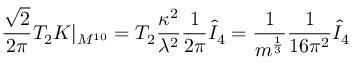
\frac { \sqrt { 2 } } { 2 \pi } T _ { 2 } K | _ { M ^ { 1 0 } } = T _ { 2 } \frac { \kappa ^ { 2 } } { \lambda ^ { 2 } } \frac { 1 } { 2 \pi } \hat { I } _ { 4 } = \frac { 1 } { m ^ { \frac { 1 } { 3 } } } \frac { 1 } { 1 6 \pi ^ { 2 } } \hat { I } _ { 4 }